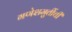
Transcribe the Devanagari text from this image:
गणेशमुर्तीची